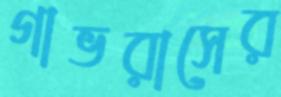
গাভরাসের